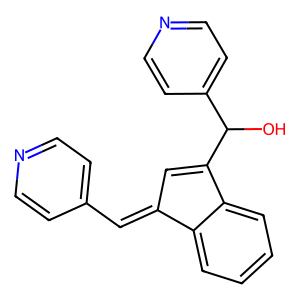
SMILES: OC(C1=CC(=Cc2ccncc2)c2ccccc21)c1ccncc1
Inhibits HIV replication: No